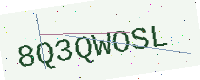
Text: 8Q3QWOSL